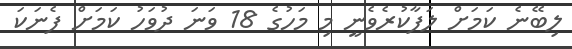
ލިބޭނެ ކަމަށް ލަފާކުރެވެނީ މި މަހުގެ 18 ވަނަ ދުވަހު ކަމަށް ފެނަކަ